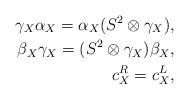
LaTeX: \begin{align*} \gamma _X\alpha _X=\alpha _X(S^2\otimes \gamma _X),\\ \beta _X\gamma _X=(S^2\otimes \gamma _X)\beta _X,\\ c_X^R=c_X^L, \end{align*}